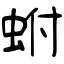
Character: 蚹